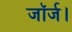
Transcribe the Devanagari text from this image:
जॉर्ज।